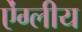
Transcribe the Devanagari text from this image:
ऐंग्लीय